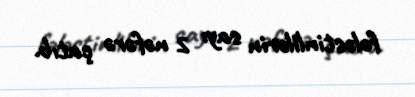
fələstinlilərin sayı 2 nəfərə çatıb.